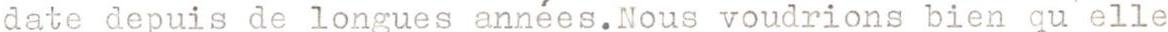
date depuis de longues années.Nous voudrions bien qua'elle